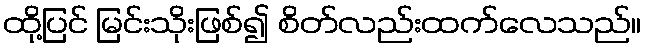
ထို့ပြင် မြင်းသိုးဖြစ်၍ စိတ်လည်းထက်လေသည်။